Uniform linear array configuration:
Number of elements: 16
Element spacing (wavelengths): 0.25
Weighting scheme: hamming
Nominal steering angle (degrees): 15
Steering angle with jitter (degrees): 15.495
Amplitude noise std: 0.05
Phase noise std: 0.05

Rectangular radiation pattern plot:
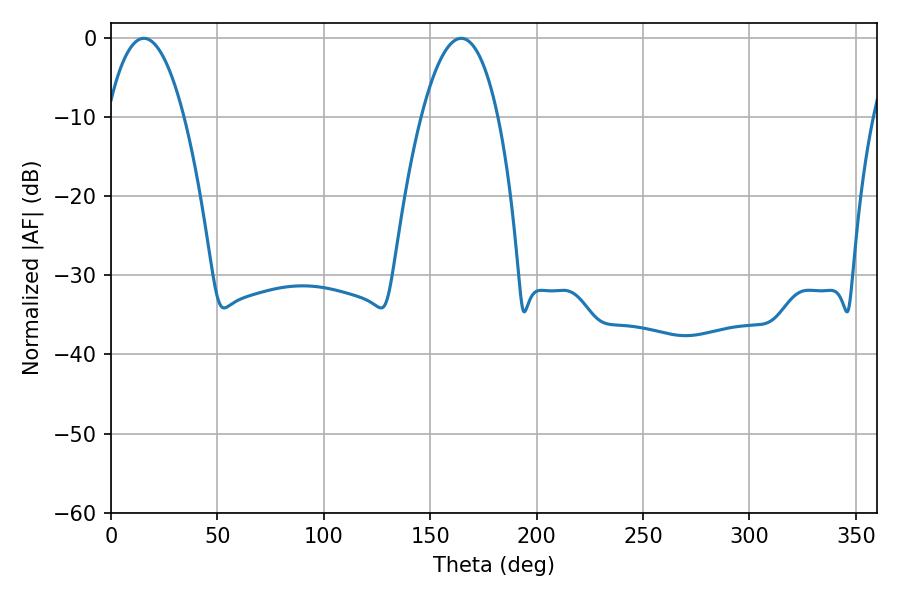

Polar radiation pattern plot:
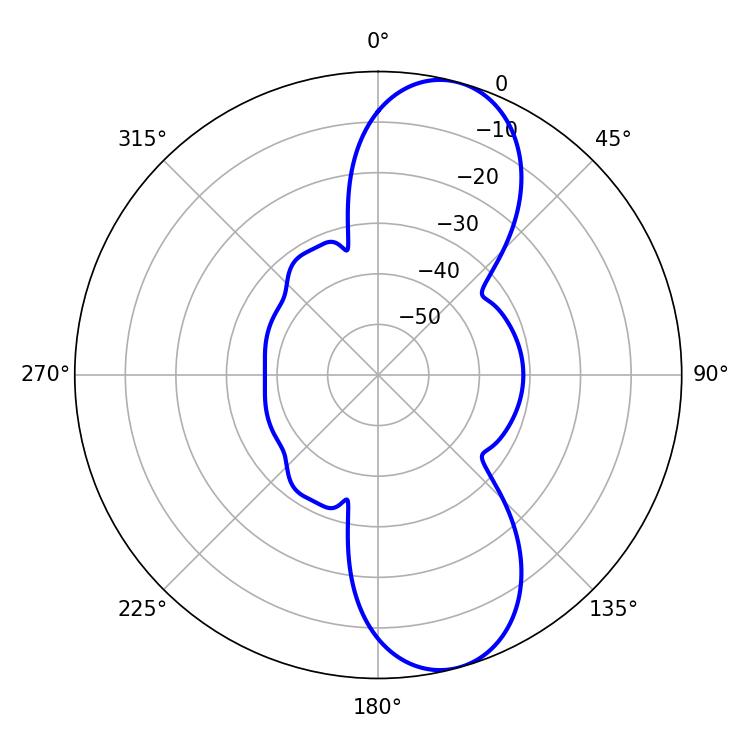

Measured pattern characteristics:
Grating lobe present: FALSE
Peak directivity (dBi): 9.948
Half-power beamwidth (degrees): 19.98
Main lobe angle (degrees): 15.48